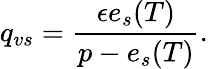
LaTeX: q_{vs}=\frac{\epsilon e_{s}(T)}{p-e_{s}(T)}.